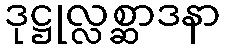
ဒုဋ္ဌုလ္လစ္ဆာဒနာ